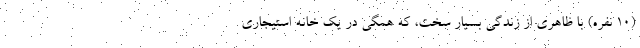
(۱۰ نفره) با ظاهری از زندگی بسیار سخت، که همگی در یک خانه استیجاری